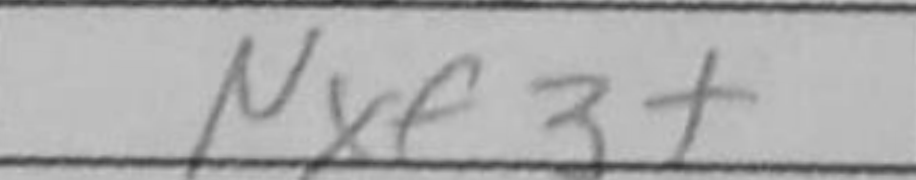
Transcription: Nxf3+